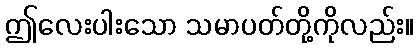
ဤလေးပါးသော သမာပတ်တို့ကိုလည်း။